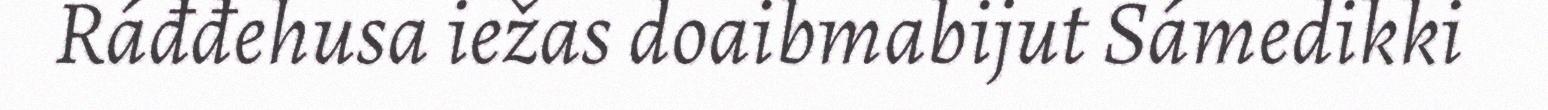
Ráđđehusa iežas doaibmabijut Sámedikki